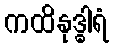
ကထိနုဒ္ဓါရံ